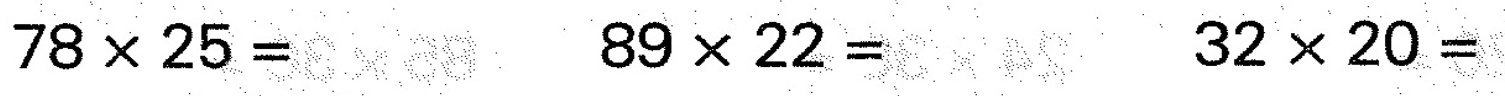
$$7 8 \times 2 5 =$$ $$8 9 \times 2 2 =$$ $$3 2 \times 2 0 =$$